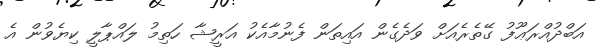
އަބްދުއްރަޢޫފު ގޭތެރެއަށް ވަދެގެން އައިތަން ފެނުމާއެކު އަރީޝާ ހަތިމު ލައްޕާލީ ކިޔެވުން އެ